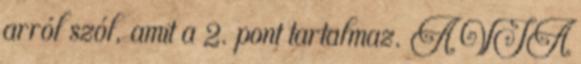
arról szól, amit a 2. pont tartalmaz. A VIA